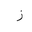
Letter: _zay